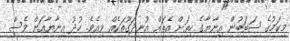
މިކަމުގެ ސަބަބުން އިނާޔާގެ ހިތަށް އެތައް އުނދަގޫތަކެއް ވިއެވެ. ހުދު އިނާޔާއަށް ވެސް